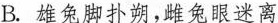
B.雄兔脚扑朔，雌兔眼迷离